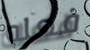
فعله